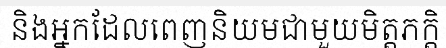
និងអ្នកដែលពេញនិយមជាមួយមិត្តភក្តិ